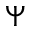
\boldsymbol \Psi